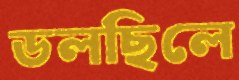
ডলছিলে